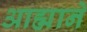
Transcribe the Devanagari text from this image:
आह्माने